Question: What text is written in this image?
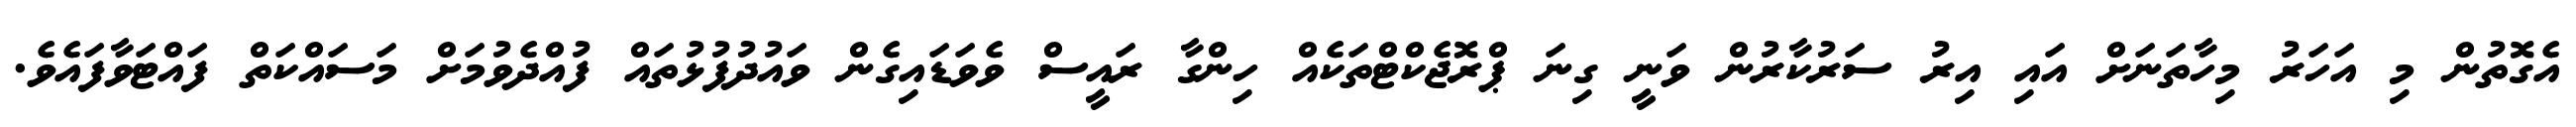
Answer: އެގޮތުން މި އަހަރު މިހާތަނަށް އައި އިރު ސަރުކާރުން ވަނީ ގިނަ ޕްރޮޖެކްޓްތަކެއް ހިންގާ ރައީސް ވެވަޑައިގެން ވައުދުފުޅުތައް ފުއްދެވުމަށް މަސައްކަތް ފައްޓަވާފައެވެ.